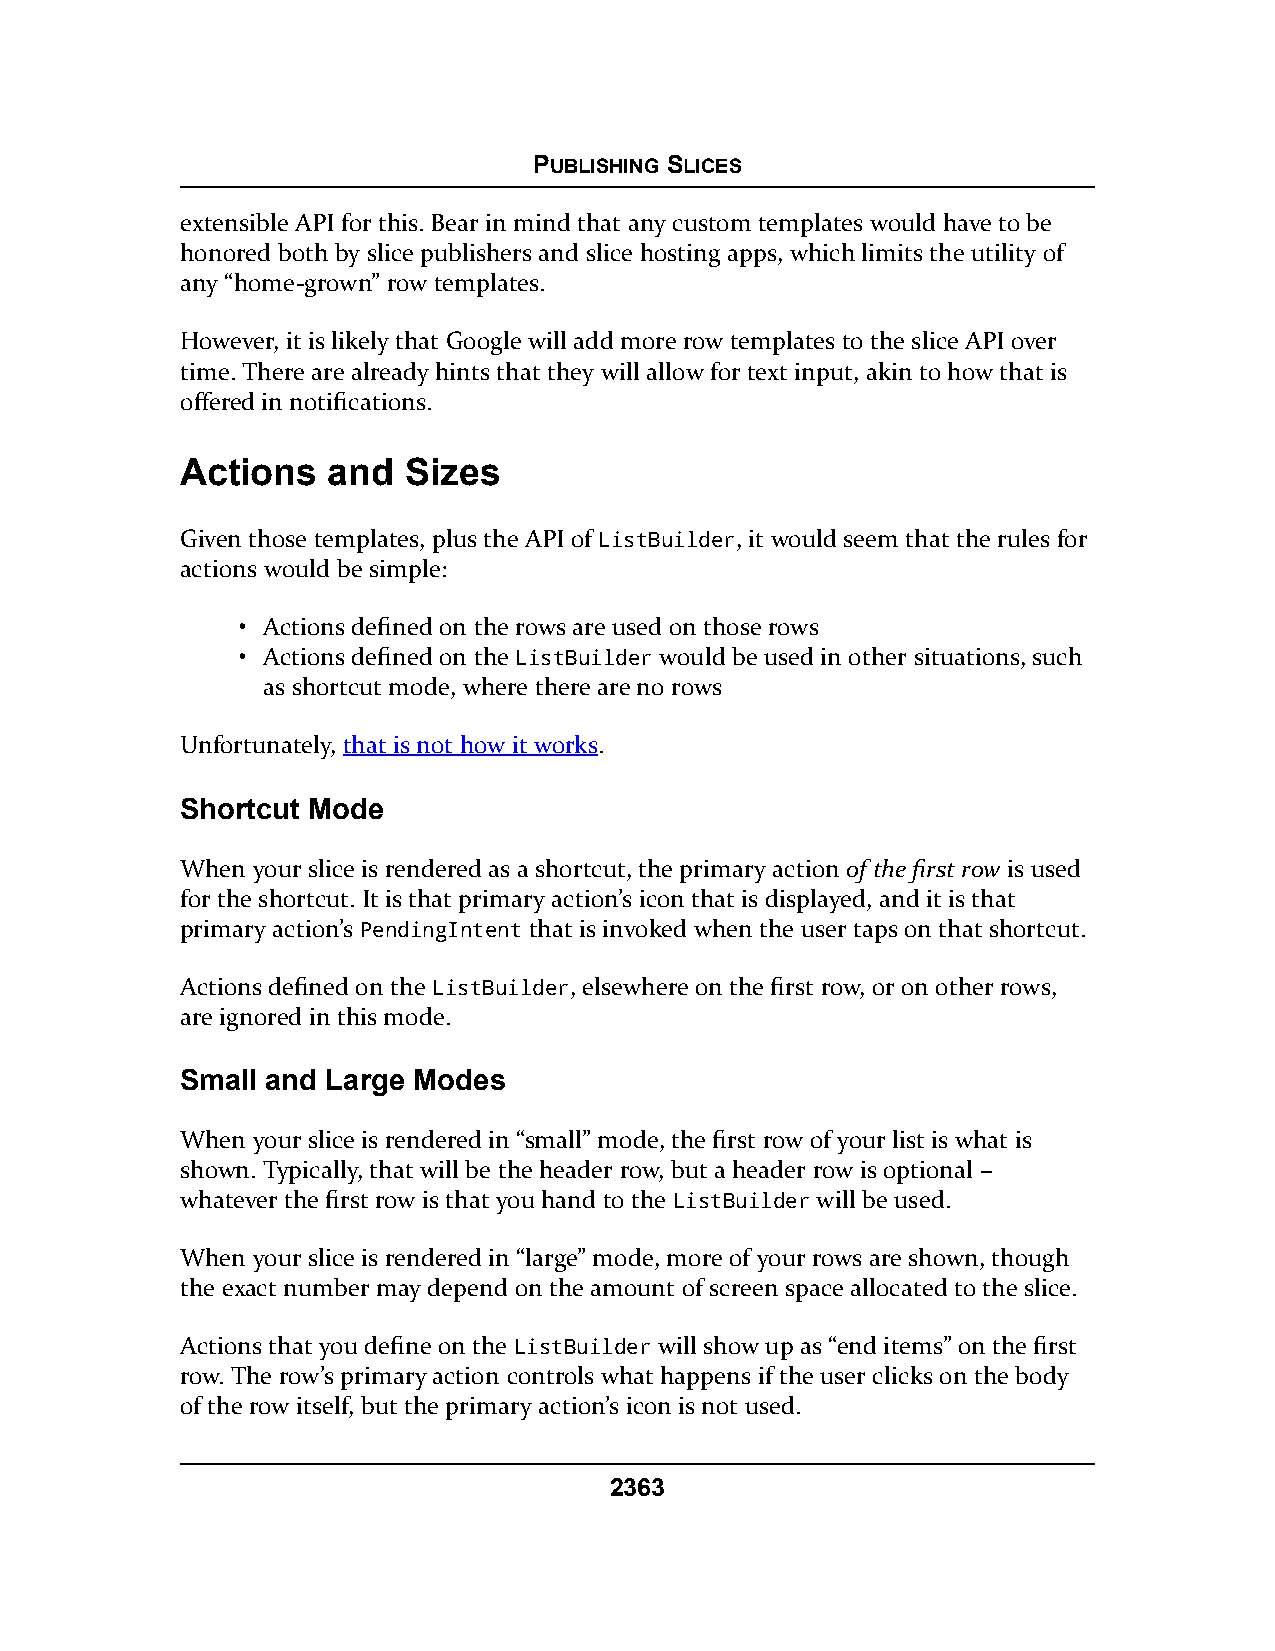
PUBLISHING SLICES
 extensible API for this. Bear in mind that any custom templates would have to be
 honored both by slice publishers and slice hosting apps, which limits the utility of
 any “home-grown” row templates.
 However, it is likely that Google will add more row templates to the slice API over
 time. There are already hints that they will allow for text input, akin to how that is
 offered in notifications.
 Actions   and  Sizes
 Given those templates, plus the API of ListBuilder, it would seem that the rules for
 actions would be simple:
 • Actions defined on the rows are used on those rows
 • Actions defined on the ListBuilder would be used in other situations, such
 as shortcut mode, where there are no rows
 Unfortunately, that is not how it works.
 Shortcut Mode
 When your slice is rendered as a shortcut, the primary action of the first row is used
 for the shortcut. It is that primary action’s icon that is displayed, and it is that
 primary action’s PendingIntent that is invoked when the user taps on that shortcut.
 Actions defined on the ListBuilder, elsewhere on the first row, or on other rows,
 are ignored in this mode.
 Small and Large Modes
 When your slice is rendered in “small” mode, the first row of your list is what is
 shown. Typically, that will be the header row, but a header row is optional –
 whatever the first row is that you hand to the ListBuilder will be used.
 When your slice is rendered in “large” mode, more of your rows are shown, though
 the exact number may depend on the amount of screen space allocated to the slice.
 Actions that you define on the ListBuilder will show up as “end items” on the first
 row. The row’s primary action controls what happens if the user clicks on the body
 of the row itself, but the primary action’s icon is not used.
 2363